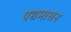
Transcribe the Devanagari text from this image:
पद्यमासन